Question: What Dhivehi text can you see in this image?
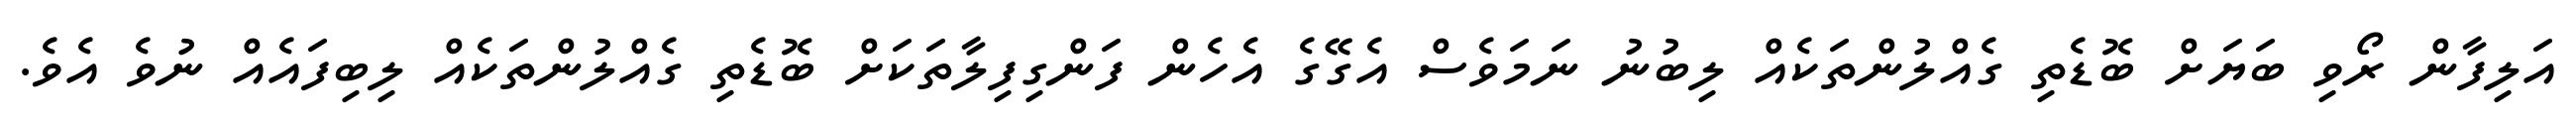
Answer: އަލިފާން ރޯވި ބަޔަށް ބޮޑެތި ގެއްލުންތަކެއް ލިބުނު ނަމަވެސް އެގޭގެ އެހެން ފަންގިފިލާތަކަށް ބޮޑެތި ގެއްލުންތަކެއް ލިބިފައެއް ނުވެ އެވެ.